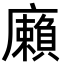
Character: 𢋷